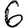
Digit: 6